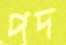
পদ